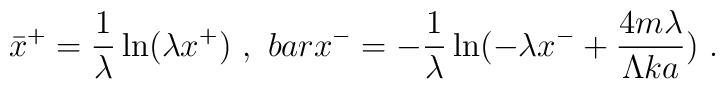
\bar x^+={1 \over \lambda}\ln(\lambda x^+) \ , \ \ \\bar x^-=-{1 \over \lambda}\ln(-\lambda x^-+{4m\lambda \over \Lambda k a}) \ .